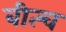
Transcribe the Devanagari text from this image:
बीत्च